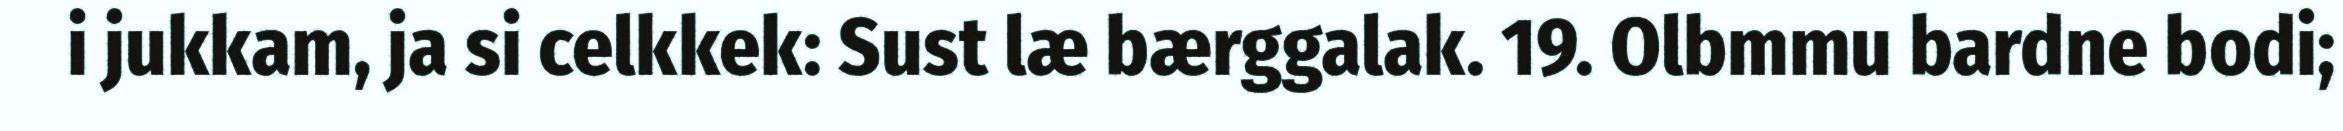
i jukkam, ja si celkkek: Sust læ bærggalak. 19. Olbmmu bardne bodi;